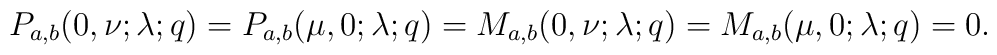
P_{a,b}(0 , \nu ; \lambda ; q)=P_{a,b}(\mu , 0 ; \lambda ; q)=M_{a,b}(0 , \nu ; \lambda ; q)=M_{a,b}(\mu , 0 ; \lambda ; q)= 0.